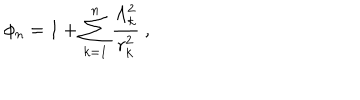
LaTeX: \phi _ { n } = 1 + \sum _ { k = 1 } ^ { n } \frac { \Lambda _ { k } ^ { 2 } } { r _ { k } ^ { 2 } } \ ,